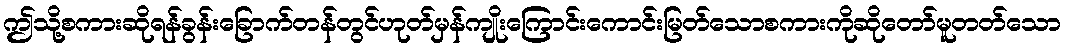
ဤသို့စကားဆိုရန်ခွန်းခြောက်တန်တွင်ဟုတ်မှန်ကျိုးကြောင်းကောင်းမြတ်သောစကားကိုဆိုတော်မူတတ်သော